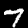
Digit: 7